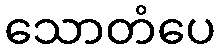
သောတံပေ